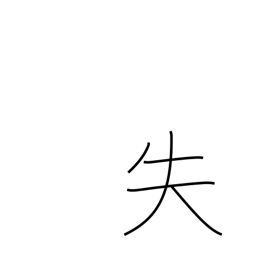
Meaning: error